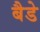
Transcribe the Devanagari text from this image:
बैडे